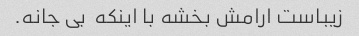
زیباست ارامش بخشه با اینکه  بی جانه.